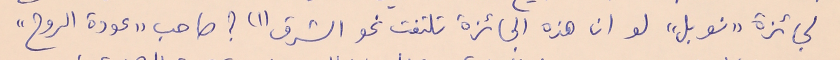
لجائزة "نوبل" لو ان هذه الجائزة تلتفت نحو الشرق (١) ؟ صاحب "عودة الروح"